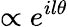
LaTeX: \propto e^{il\theta}